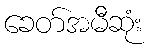
ခေတ်အမီဆုံး